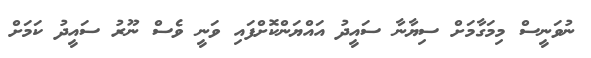
ނުވަނީސް މިމަގާމަށް ސިޔާނާ ސައީދު އައްޔަންކޮށްފައި ވަނީ ވެސް ނޫރު ސައީދު ކަމަށް